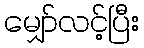
မျှော်လင့်ပြီး